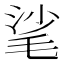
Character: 㲚